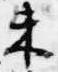
未